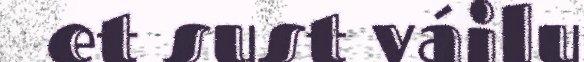
et sust váilu